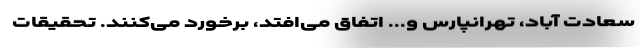
سعادت آباد، تهرانپارس و... اتفاق می‌افتد، برخورد می‌کنند. تحقیقات